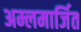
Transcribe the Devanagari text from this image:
अम्लमार्जित